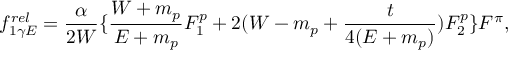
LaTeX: f _ { 1 \gamma E } ^ { r e l } = \frac { \alpha } { 2 W } \{ \frac { W + m _ { p } } { E + m _ { p } } F _ { 1 } ^ { p } + 2 ( W - m _ { p } + \frac { t } { 4 ( E + m _ { p } ) } ) F _ { 2 } ^ { p } \} F ^ { \pi } ,